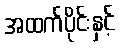
အထက်ပိုင်းနှင့်